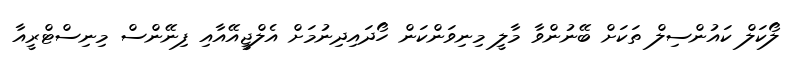
ލޯކަލް ކައުންސިލް ތަކަށް ބޭނުންވާ މާލީ މިނިވަންކަން ހޯދައިދިނުމަށް އެލްޖީއޭއާއި ފިނޭންސް މިނިސްޓްރީއާ